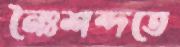
নৈঃশব্দতে